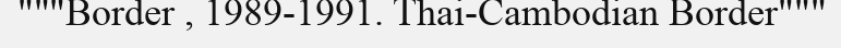
"""Border , 1989-1991. Thai-Cambodian Border"""